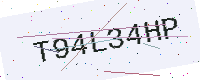
Text: T94L34HP